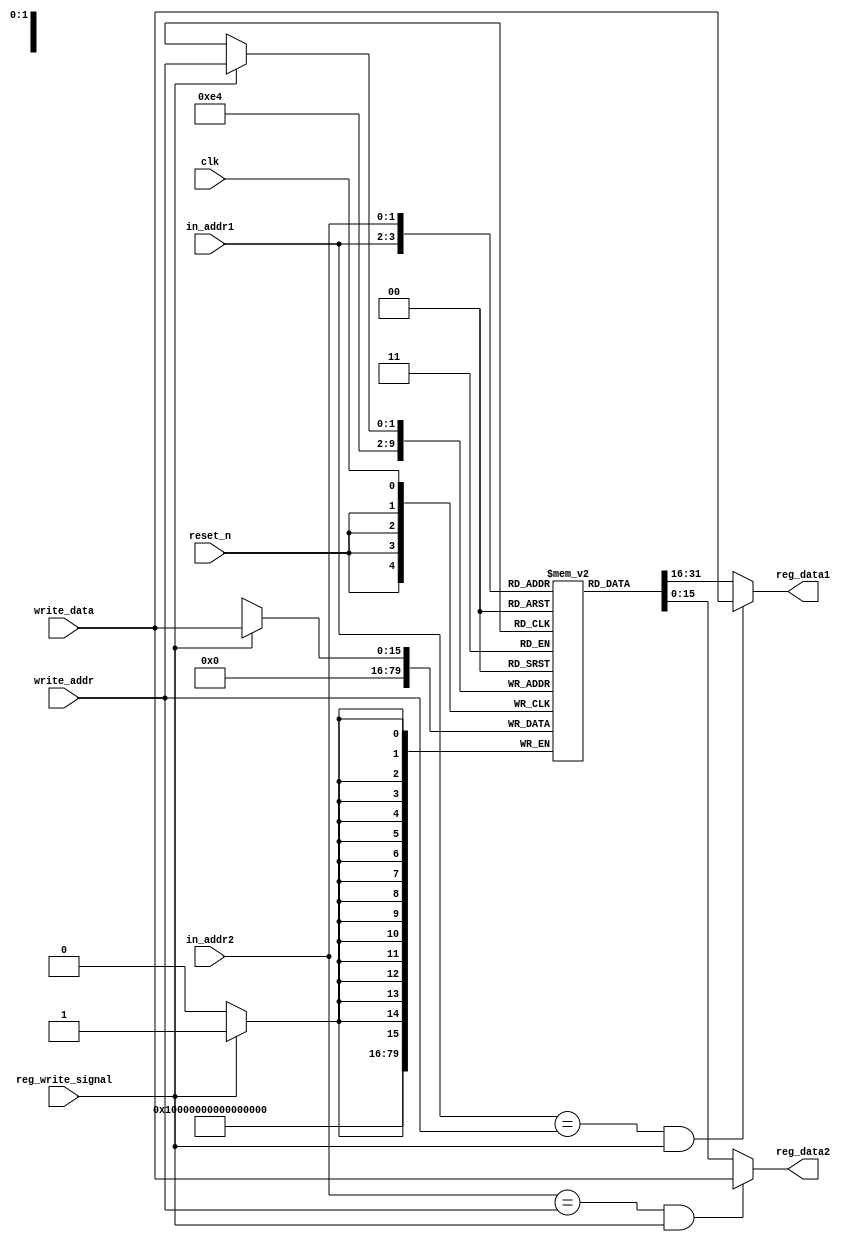
`define WORD_SIZE 16


module RegisterFile (clk, reset_n,
					  in_addr1, in_addr2, write_addr,
					  write_data, reg_write_signal,

					  reg_data1, reg_data2
);

	input clk, reset_n;
	input [1:0] in_addr1; // younger
	input [1:0] in_addr2; // younger
	input [1:0] write_addr; // older
	input [`WORD_SIZE-1:0] write_data; // older
	input reg_write_signal; // older
	
	output [`WORD_SIZE-1:0] reg_data1;
	output [`WORD_SIZE-1:0] reg_data2;

    reg [15:0] registers [3:0];


    initial begin
        registers[0] = 0;
        registers[1] = 0;
        registers[2] = 0;
        registers[3] = 0;
    end


    assign reg_data1 = ((in_addr1 == write_addr) && reg_write_signal) ? write_data : registers[in_addr1];
    assign reg_data2 = ((in_addr2 == write_addr) && reg_write_signal) ? write_data : registers[in_addr2];


	always @(posedge reset_n) begin
        registers[0] <= 0;
        registers[1] <= 0;
        registers[2] <= 0;
        registers[3] <= 0;
	end


    always @(posedge clk) begin
        if (reg_write_signal) begin
            registers[write_addr] <= write_data;
        end
    end

endmodule